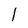
Character: 1